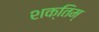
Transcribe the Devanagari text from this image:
शक्तिम्‌